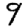
Digit: 9